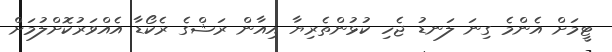
ޓީމަށް އެންމެ ގިނަ ލަނޑު ޖެހި ކުޅުންތެރިޔާ އިއާން ރަޝްގެ ރެކޯޑާ އެއްވަރުކޮށްލުމަށް